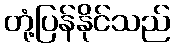
တုံ့ပြန်နိုင်သည်